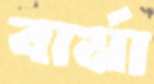
বার্মা